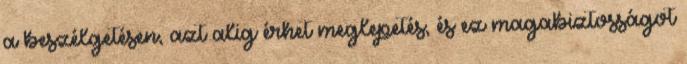
a beszélgetésen, azt alig érhet meglepetés, és ez magabiztosságot